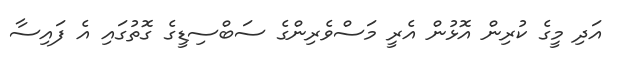
އަދި މީގެ ކުރިން އޮޅުން އެރީ މަސްވެރިންގެ ސަބްސިޑީގެ ގޮތުގައި އެ ފައިސާ